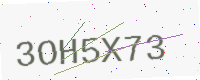
Text: 3OH5X73